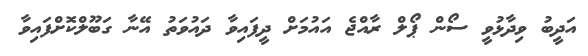
އަދީބު ވިދާޅުވީ ސޯން ޕޯލް ރާއްޖެ އަައުމަށް ދީފައިވާ ދައުވަތު އޭނާ ގަބޫލްކޮށްފައިވާ